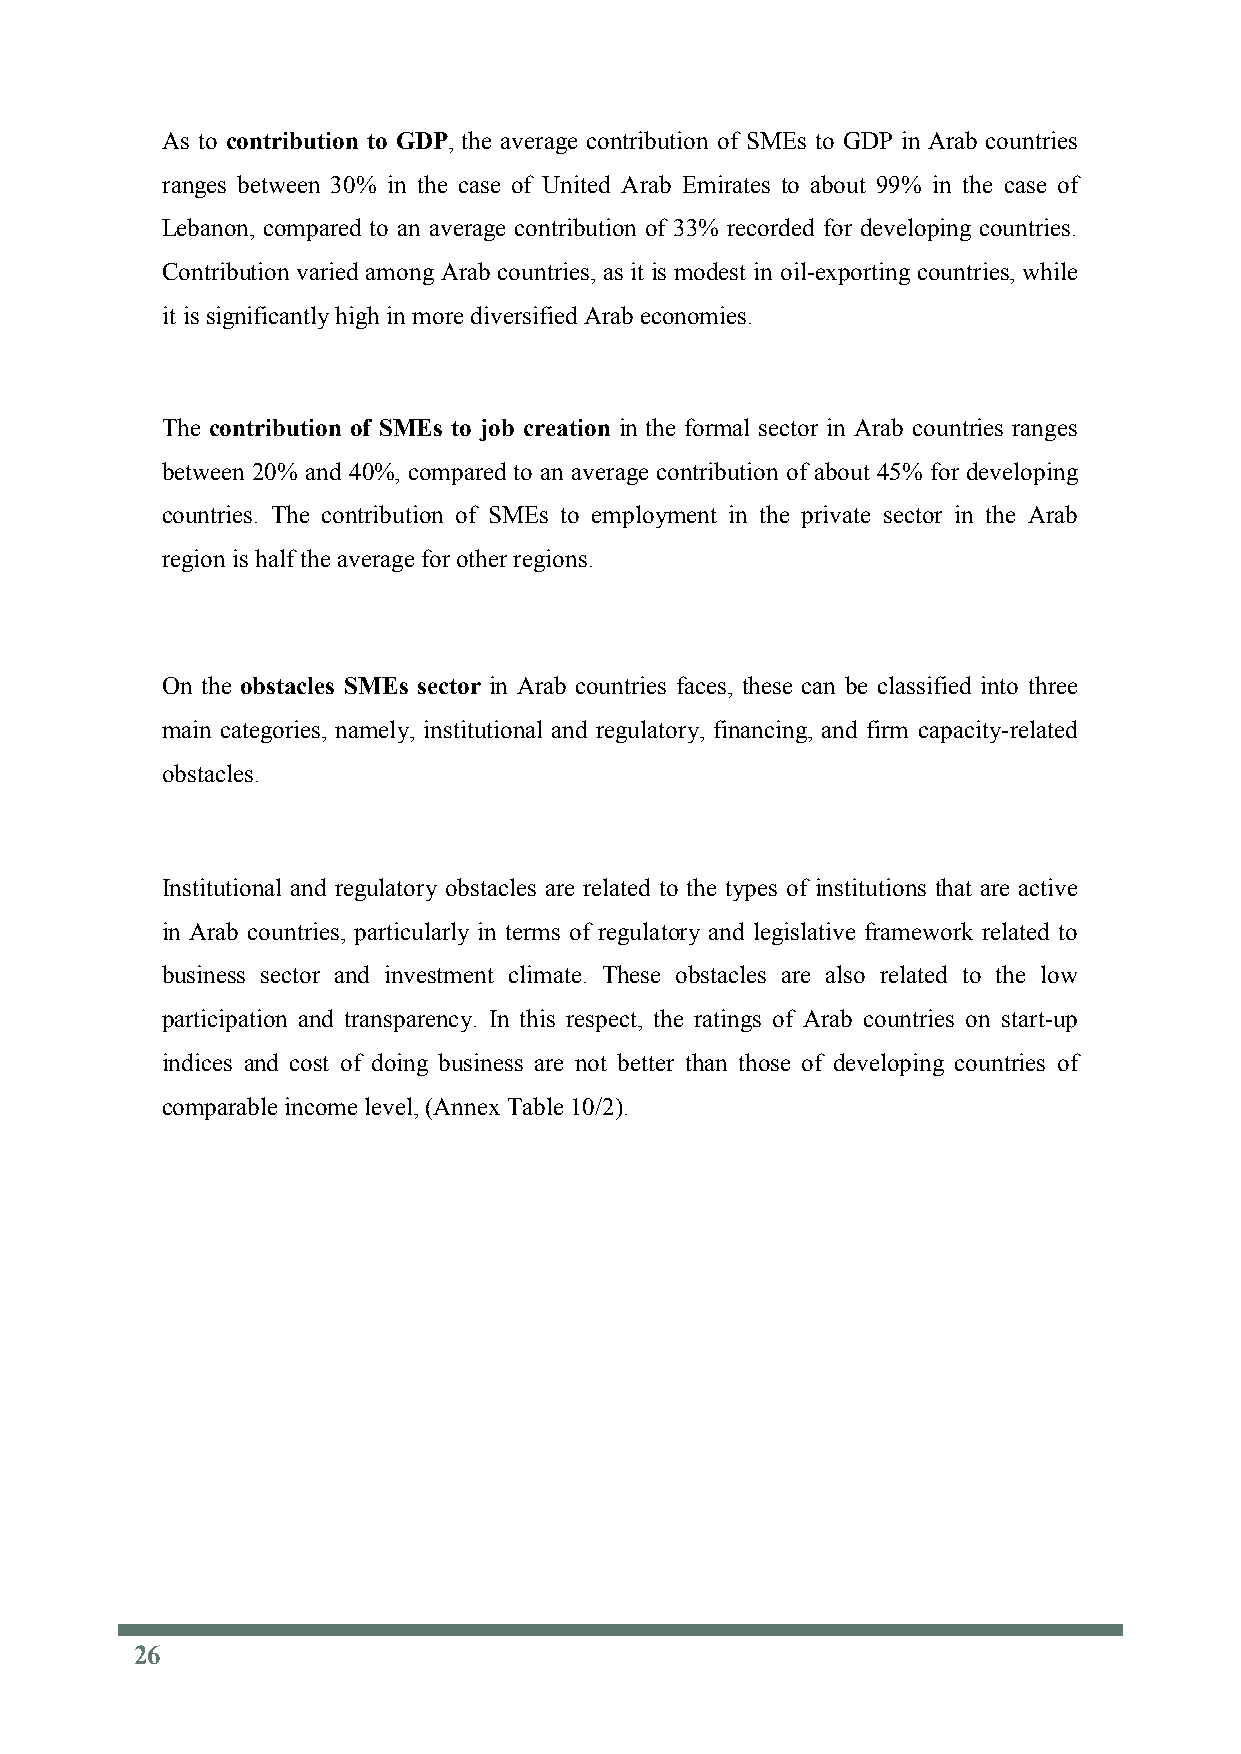
As to contribution to GDP, the average contribution of SMEs to GDP in Arab countries
 ranges between 30% in the case of United Arab Emirates to about 99% in the case of
 Lebanon, compared to an average contribution of 33% recorded for developing countries.
 Contribution varied among Arab countries, as it is modest in oil-exporting countries, while
 it is significantly high in more diversified Arab economies.
 The contribution of SMEs to job creation in the formal sector in Arab countries ranges
 between 20% and 40%, compared to an average contribution of about 45% for developing
 countries. The contribution of SMEs to employment in the private sector in the Arab
 region is half the average for other regions.
 On the obstacles SMEs sector in Arab countries faces, these can be classified into three
 main categories, namely, institutional and regulatory, financing, and firm capacity-related
 obstacles.
 Institutional and regulatory obstacles are related to the types of institutions that are active
 in Arab countries, particularly in terms of regulatory and legislative framework related to
 business sector and investment climate. These obstacles are also related to the low
 participation and transparency. In this respect, the ratings of Arab countries on start-up
 indices and cost of doing business are not better than those of developing countries of
 comparable income level, (Annex Table 10/2).
 26
 26